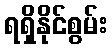
ရရှိနိုင်စွမ်း